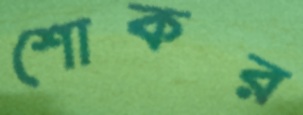
শোকর